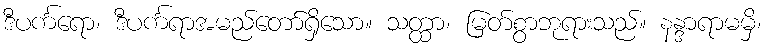
ဒီပင်္ကရော၊ ဒီပင်္ကရာအမည်တော်ရှိသော။ သတ္ထာ၊ မြတ်စွာဘုရားသည်။ နန္ဒာရာမမှိ၊